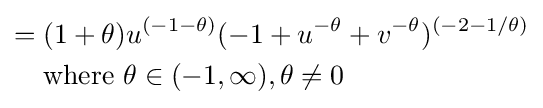
{\begin{aligned}={}&(1+\theta )u^{(-1-\theta )}(-1+u^{-\theta }+v^{-\theta })^{(-2-1/\theta )}\\&{\text{where }}\theta \in (-1,\infty ),\theta \neq 0\end{aligned}}